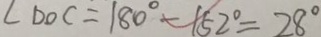
\angle D O C = 1 8 0 ^ { \circ } - 1 5 2 ^ { \circ } = 2 8 ^ { \circ }